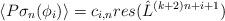
LaTeX: \begin{align*}\langle P \sigma_n (\phi_i) \rangle = c_{i,n} res( {\hat L}^{(k+2)n+i+1} )\end{align*}